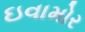
ઇવામોર